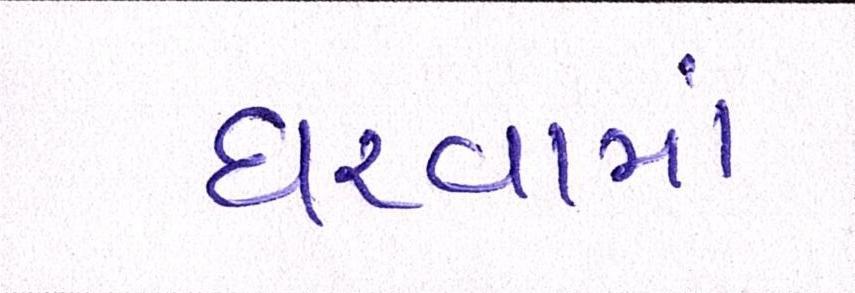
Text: ધરવામાં